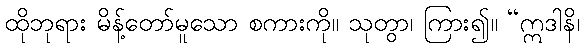
ထိုဘုရား မိန့်တော်မူသော စကားကို။ သုတွာ၊ ကြား၍။ “ဣဒါနိ၊